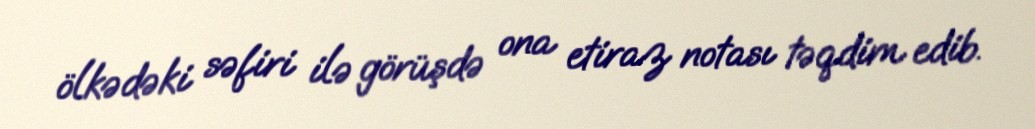
ölkədəki səfiri ilə görüşdə ona etiraz notası təqdim edib.